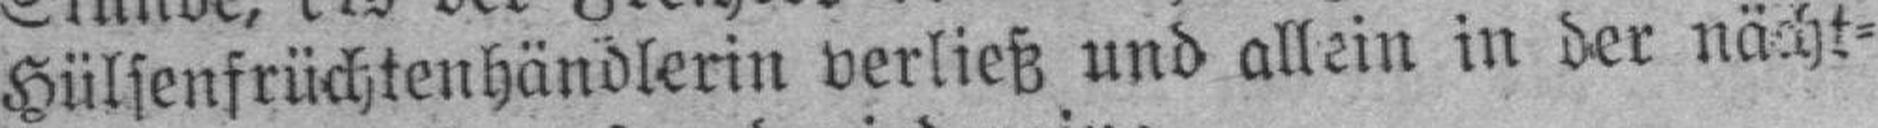
Hülsenfrüchten Händlerin verließ und allein in der nächt¬